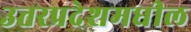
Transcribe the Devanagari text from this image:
उत्तरप्रदेशमधील